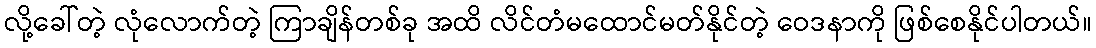
လို့ခေါ်တဲ့ လုံလောက်တဲ့ ကြာချိန်တစ်ခု အထိ လိင်တံမထောင်မတ်နိုင်တဲ့ ဝေဒနာကို ဖြစ်စေနိုင်ပါတယ်။